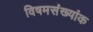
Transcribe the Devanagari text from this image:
विषमसंख्यांक